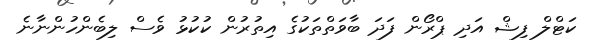
ކަޓްލް ފިޝް އަދި ޕްރޯން ފަދަ ބާވަތްތަކުގެ އިތުރުން ކުކުޅު ވެސް ލިބެންހުންނާނެ